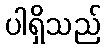
ပါရှိသည်